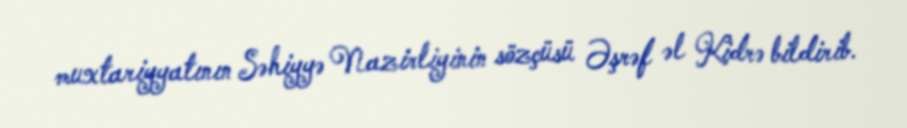
muxtariyyatının Səhiyyə Nazirliyinin sözçüsü Əşrəf əl Kidrə bildirib.